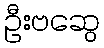
ဦးဗဆွေ